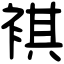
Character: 褀